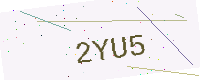
Text: 2YU5